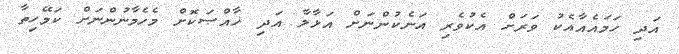
އަދި ހަމައެއާއެކު ވަރަށް އެކުވެރި އަނެކުންނަށް އަޅާލާ އަދި ޚާއްޞަކޮށް މެހެމާނުންނަށް ކަމޭހިތާ